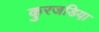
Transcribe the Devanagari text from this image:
कुरजडिया़